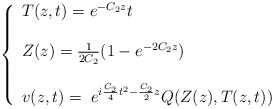
\begin{align*}\left\{\begin{array}{l}T(z,t)=e^{-C_2 z}t\\\\Z(z)=\frac{1}{2 C_2}(1-e^{-2C_2 z})\\\\v(z,t)=\;e^{i\frac{C_2}{4}t^2-\frac{C_2}{2}z}Q(Z(z),T(z,t))\\\end{array}\right.\end{align*}